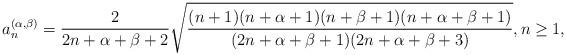
LaTeX: \begin{align*}a_n^{(\alpha,\beta)}=\frac{2}{2n+\alpha+\beta+2}\sqrt{\frac{(n+1)(n+\alpha+1)(n+\beta+1)(n+\alpha+\beta+1)}{(2n+\alpha+\beta+1)(2n+\alpha+\beta+3)}},n\geq 1,\end{align*}